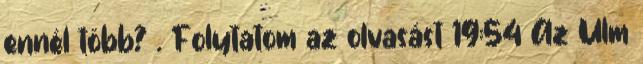
ennél több? . Folytatom az olvasást 19:54 Az Ulm